Lunatic asylums Central Provinces reports 1874-1885 - 1874-1885
Year: 1874
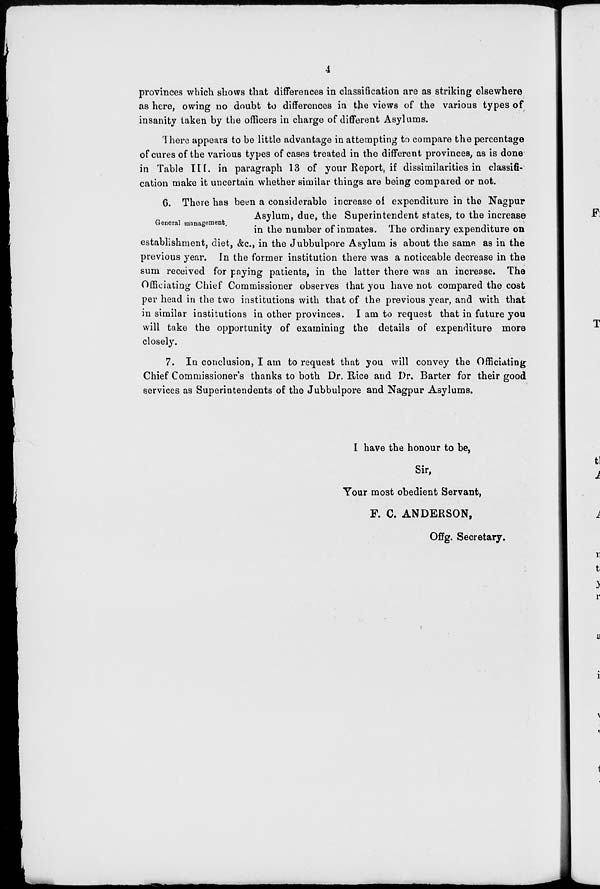
4
provinces which shows that differences in classification are as striking elsewhere
as here, owing no doubt to differences in the views of the various types of
insanity taken by the officers in charge of different Asylums.
There appears to be little advantage in attempting to compare the percentage
of cures of the various types of cases treated in the different provinces, as is done
in Table III. in paragraph 13 of your Report, if dissimilarities in classifi-
cation make it uncertain whether similar things are being compared or not.
General management.
6. There has been a considerable increase of expenditure in the Nagpur
Asylum, due, the Superintendent states, to the increase
in the number of inmates. The ordinary expenditure on
establishment, diet, &c., in the Jubbulpore Asylum is about the same as in the
previous year. In the former institution there was a noticeable decrease in the
sum received for paying patients, in the latter there was an increase. The
Officiating Chief Commissioner observes that you have not compared the cost
per head in the two institutions with that of the previous year, and with that
in similar institutions in other provinces. I am to request that in future you
will take the opportunity of examining the details of expenditure more
closely.
7. In conclusion, I am to request that you will convey the Officiating
Chief Commissioner's thanks to both Dr. Rice and Dr. Barter for their good
services as Superintendents of the Jubbulpore and Nagpur Asylums.
I have the honour to be,
Sir,
Your most obedient Servant,
F. C. ANDERSON,
Offg. Secretary.